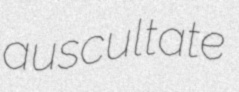
auscultate